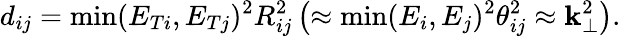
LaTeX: d_{ij}=\operatorname*{min}(E_{Ti},E_{Tj})^{2}R_{ij}^{2}\left(\approx\operatorname*{min}(E_{i},E_{j})^{2}\theta_{ij}^{2}\approx\mathbf{k}_{\perp}^{2}\right).